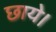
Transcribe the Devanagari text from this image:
छाये।